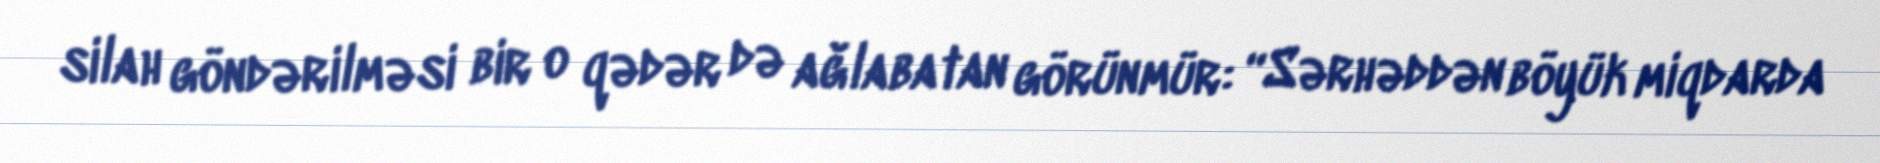
silah göndərilməsi bir o qədər də ağlabatan görünmür: “Sərhəddən böyük miqdarda